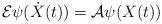
LaTeX: \begin{align*}\mathcal{E}\psi(\dot X(t))=\mathcal{A}\psi(X(t))\end{align*}